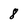
Character: 8